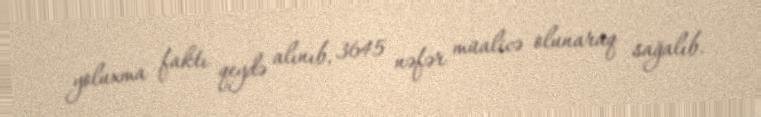
yoluxma faktı qeydə alınıb, 3645 nəfər müalicə olunaraq sağalıb.